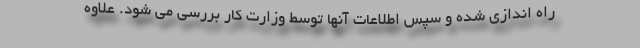
راه اندازی شده و سپس اطلاعات آنها توسط وزارت کار بررسی می شود. علاوه